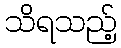
သိရသည့်